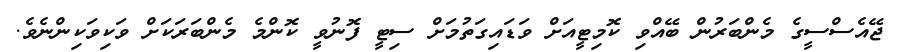
ޖޭއެސްސީގެ މެންބަރުން ބޭއްވި ކޮމިޓީއަށް ވަޑައިގަތުމަށް ސިޓީ ފޮނުވީ ކޮންމެ މެންބަރަކަށް ވަކިވަކިންނެވެ.